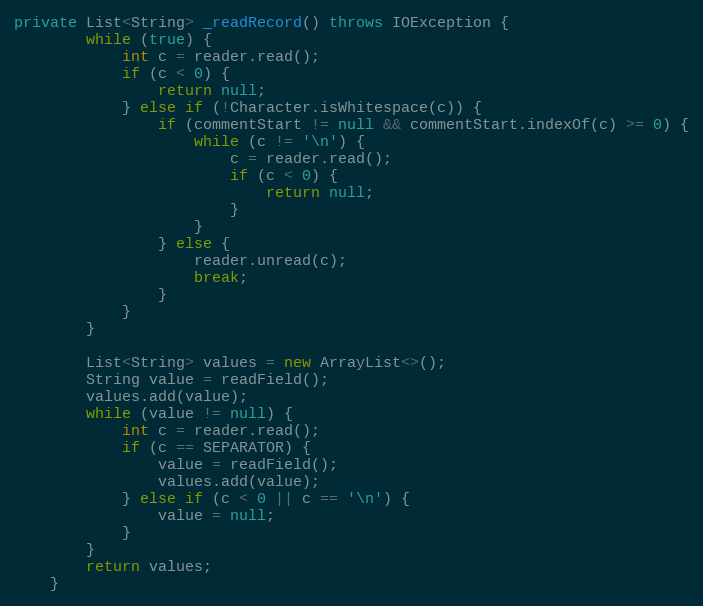
Language: Java
private List<String> _readRecord() throws IOException {
		while (true) {
			int c = reader.read();
			if (c < 0) {
				return null;
			} else if (!Character.isWhitespace(c)) {
				if (commentStart != null && commentStart.indexOf(c) >= 0) {
					while (c != '\n') {
						c = reader.read();
						if (c < 0) {
							return null;
						}
					}
				} else {
					reader.unread(c);
					break;
				}
			}
		}

		List<String> values = new ArrayList<>();
		String value = readField();
		values.add(value);
		while (value != null) {
			int c = reader.read();
			if (c == SEPARATOR) {
				value = readField();
				values.add(value);
			} else if (c < 0 || c == '\n') {
				value = null;
			}
		}
		return values;
	}